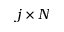
j \times N